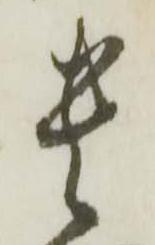
貴